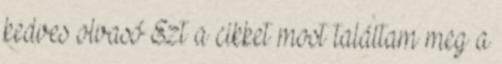
kedves olvasó Ezt a cikket most találtam meg a